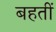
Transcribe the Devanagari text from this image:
बहतीं